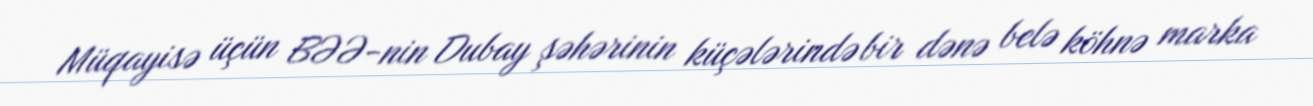
Müqayisə üçün BƏƏ-nin Dubay şəhərinin küçələrində bir dənə belə köhnə marka